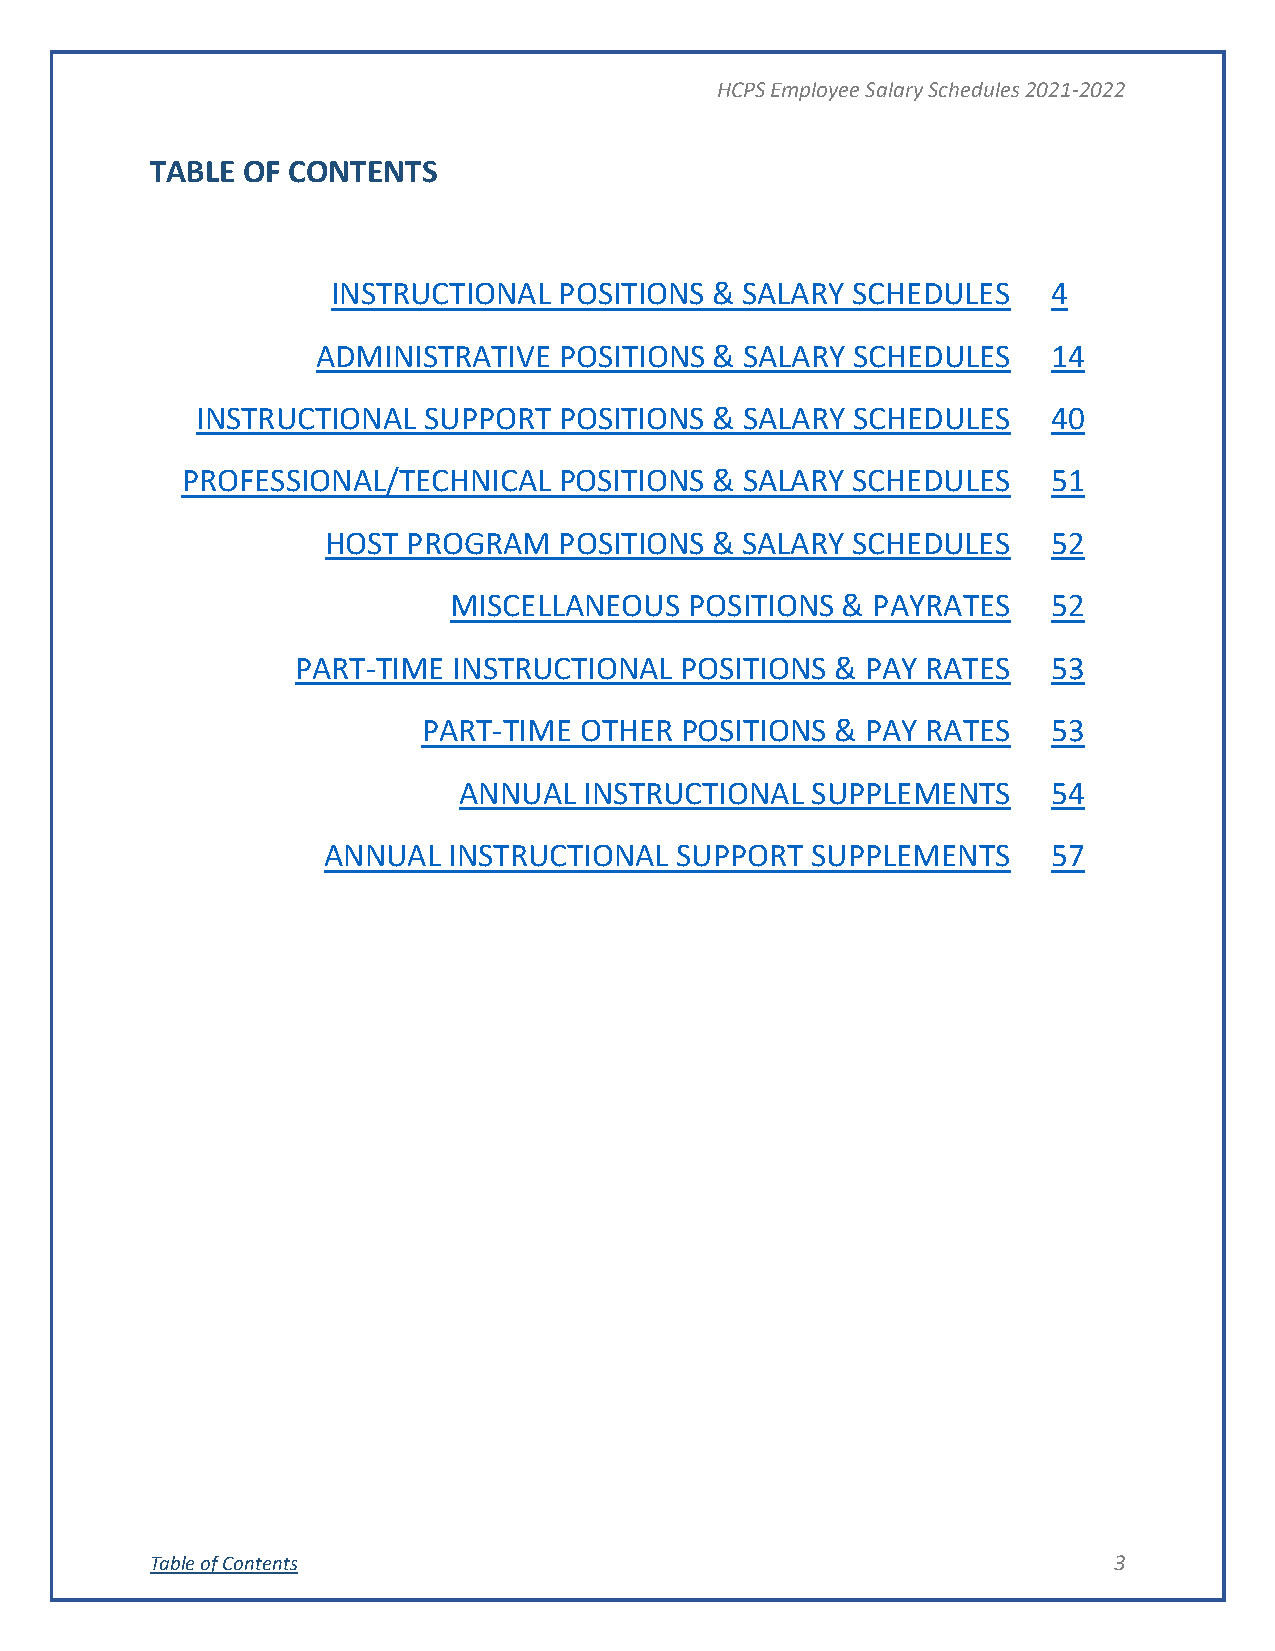
HCPS Employee Salary Schedules 2021-2022
 TABLE OF CONTENTS
 INSTRUCTIONAL  POSITIONS & SALARY SCHEDULES     4
 ADMINISTRATIVE  POSITIONS & SALARY SCHEDULES     14
 INSTRUCTIONAL  SUPPORT  POSITIONS & SALARY SCHEDULES     40
 PROFESSIONAL/TECHNICAL   POSITIONS & SALARY SCHEDULES     51
 HOST PROGRAM   POSITIONS & SALARY SCHEDULES     52
 MISCELLANEOUS   POSITIONS & PAYRATES    52
 PART-TIME INSTRUCTIONAL  POSITIONS & PAY RATES    53
 PART-TIME OTHER  POSITIONS & PAY RATES    53
 ANNUAL   INSTRUCTIONAL  SUPPLEMENTS     54
 ANNUAL   INSTRUCTIONAL  SUPPORT  SUPPLEMENTS     57
 Table of Contents                                               3